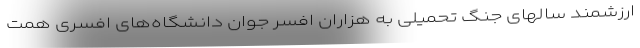
ارزشمند سالهای جنگ تحمیلی به هزاران افسر جوان دانشگاه‌های افسری همت